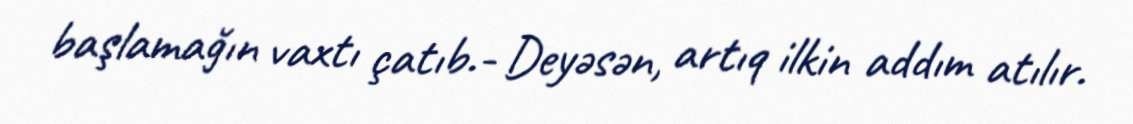
başlamağın vaxtı çatıb.- Deyəsən, artıq ilkin addım atılır.